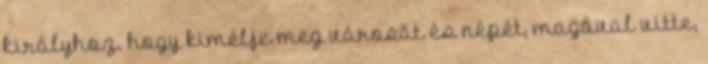
királyhoz, hogy kimélje meg városát és népét, magával vitte,